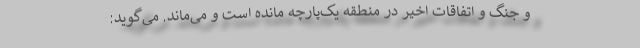
و جنگ و اتفاقات اخیر در منطقه یک‌پارچه مانده است و می‌ماند. می‌گوید: